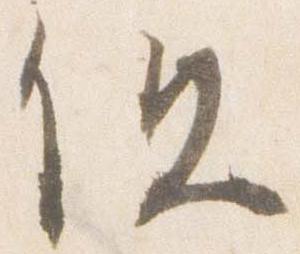
但